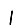
Digit: 1